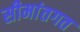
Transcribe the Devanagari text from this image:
सीमांतगत